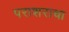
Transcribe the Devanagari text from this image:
पराशराचा